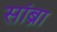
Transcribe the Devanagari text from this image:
सांब्रा